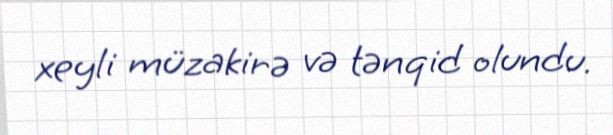
xeyli müzakirə və tənqid olundu.